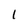
Character: l